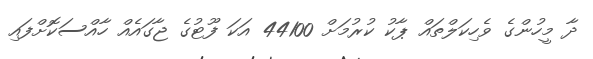
ދާ މީހުންގެ ވެހިކަލްތައް ޕާކު ކުރުމަށް 44100 އަކަ ފޫޓުގެ ޖާގައެއް ހާއްސަކޮށްފައި